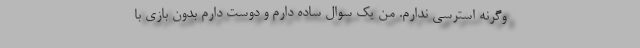
وگرنه استرسی ندارم. من یک سوال ساده دارم و دوست دارم بدون بازی با